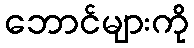
ဘောင်များကို